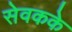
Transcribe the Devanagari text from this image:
सेवकके